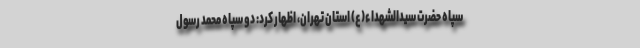
سپاه حضرت سیدالشهداء(ع) استان تهران، اظهار کرد: دو سپاه محمد رسول